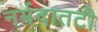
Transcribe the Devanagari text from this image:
नर्मदातटी